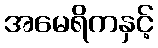
အမေရိကနှင့်